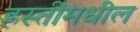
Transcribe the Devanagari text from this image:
हस्तींमधील